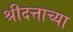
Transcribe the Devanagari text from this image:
श्रीदत्ताच्या